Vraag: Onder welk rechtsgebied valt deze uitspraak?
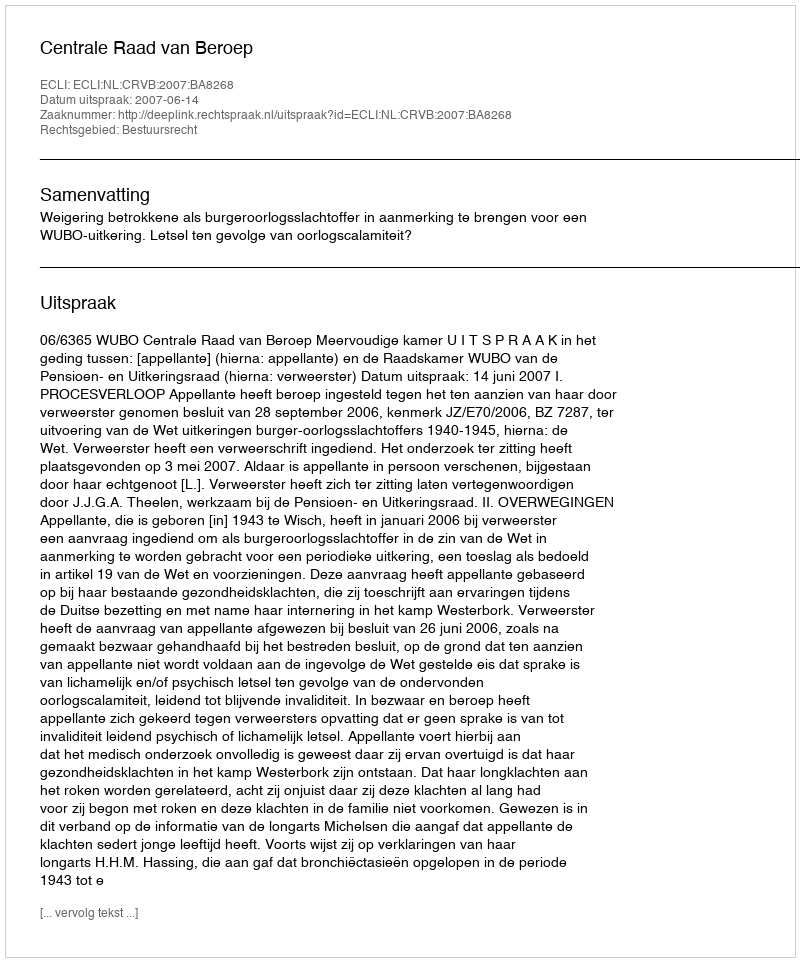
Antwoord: Bestuursrecht